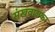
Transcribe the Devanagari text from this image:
संखवालकर